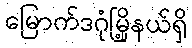
မြောက်ဒဂုံမြို့နယ်ရှိ